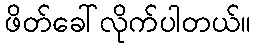
ဖိတ်ခေါ်လိုက်ပါတယ်။